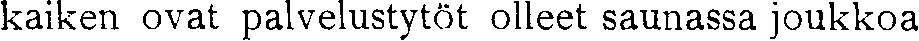
kaiken ovat palvelustytöt olleet saunassa joukkoa